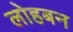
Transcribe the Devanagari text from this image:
लोहबन